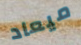
ميعاد